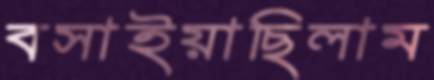
বসাইয়াছিলাম